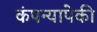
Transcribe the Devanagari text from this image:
कंपन्यापेकी